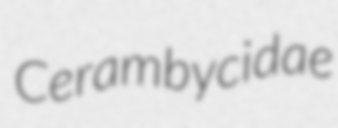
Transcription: Cerambycidae